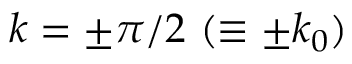
k = \pm \pi / 2 \ ( \equiv \pm k _ { 0 } )